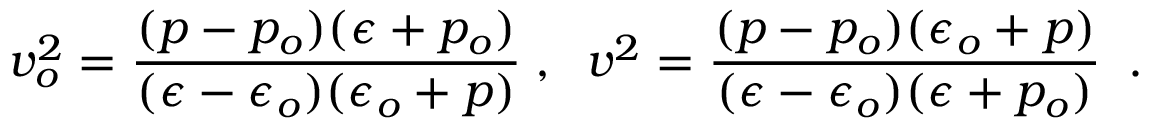
v _ { o } ^ { 2 } = \frac { ( p - p _ { o } ) ( \epsilon + p _ { o } ) } { ( \epsilon - \epsilon _ { o } ) ( \epsilon _ { o } + p ) } \; , \; \; v ^ { 2 } = \frac { ( p - p _ { o } ) ( \epsilon _ { o } + p ) } { ( \epsilon - \epsilon _ { o } ) ( \epsilon + p _ { o } ) } \; \; .